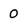
Character: 0